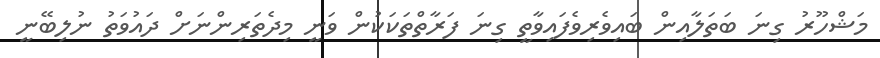
މަޝްހޫރު ގިނަ ބަތަލާއިން ބައިވެރިވެފައިވާތީ ގިނަ ފަރާތްތަކަކުން ވަނީ މިދެތަރިންނަށް ދައުވަތު ނުލިބޭނީ